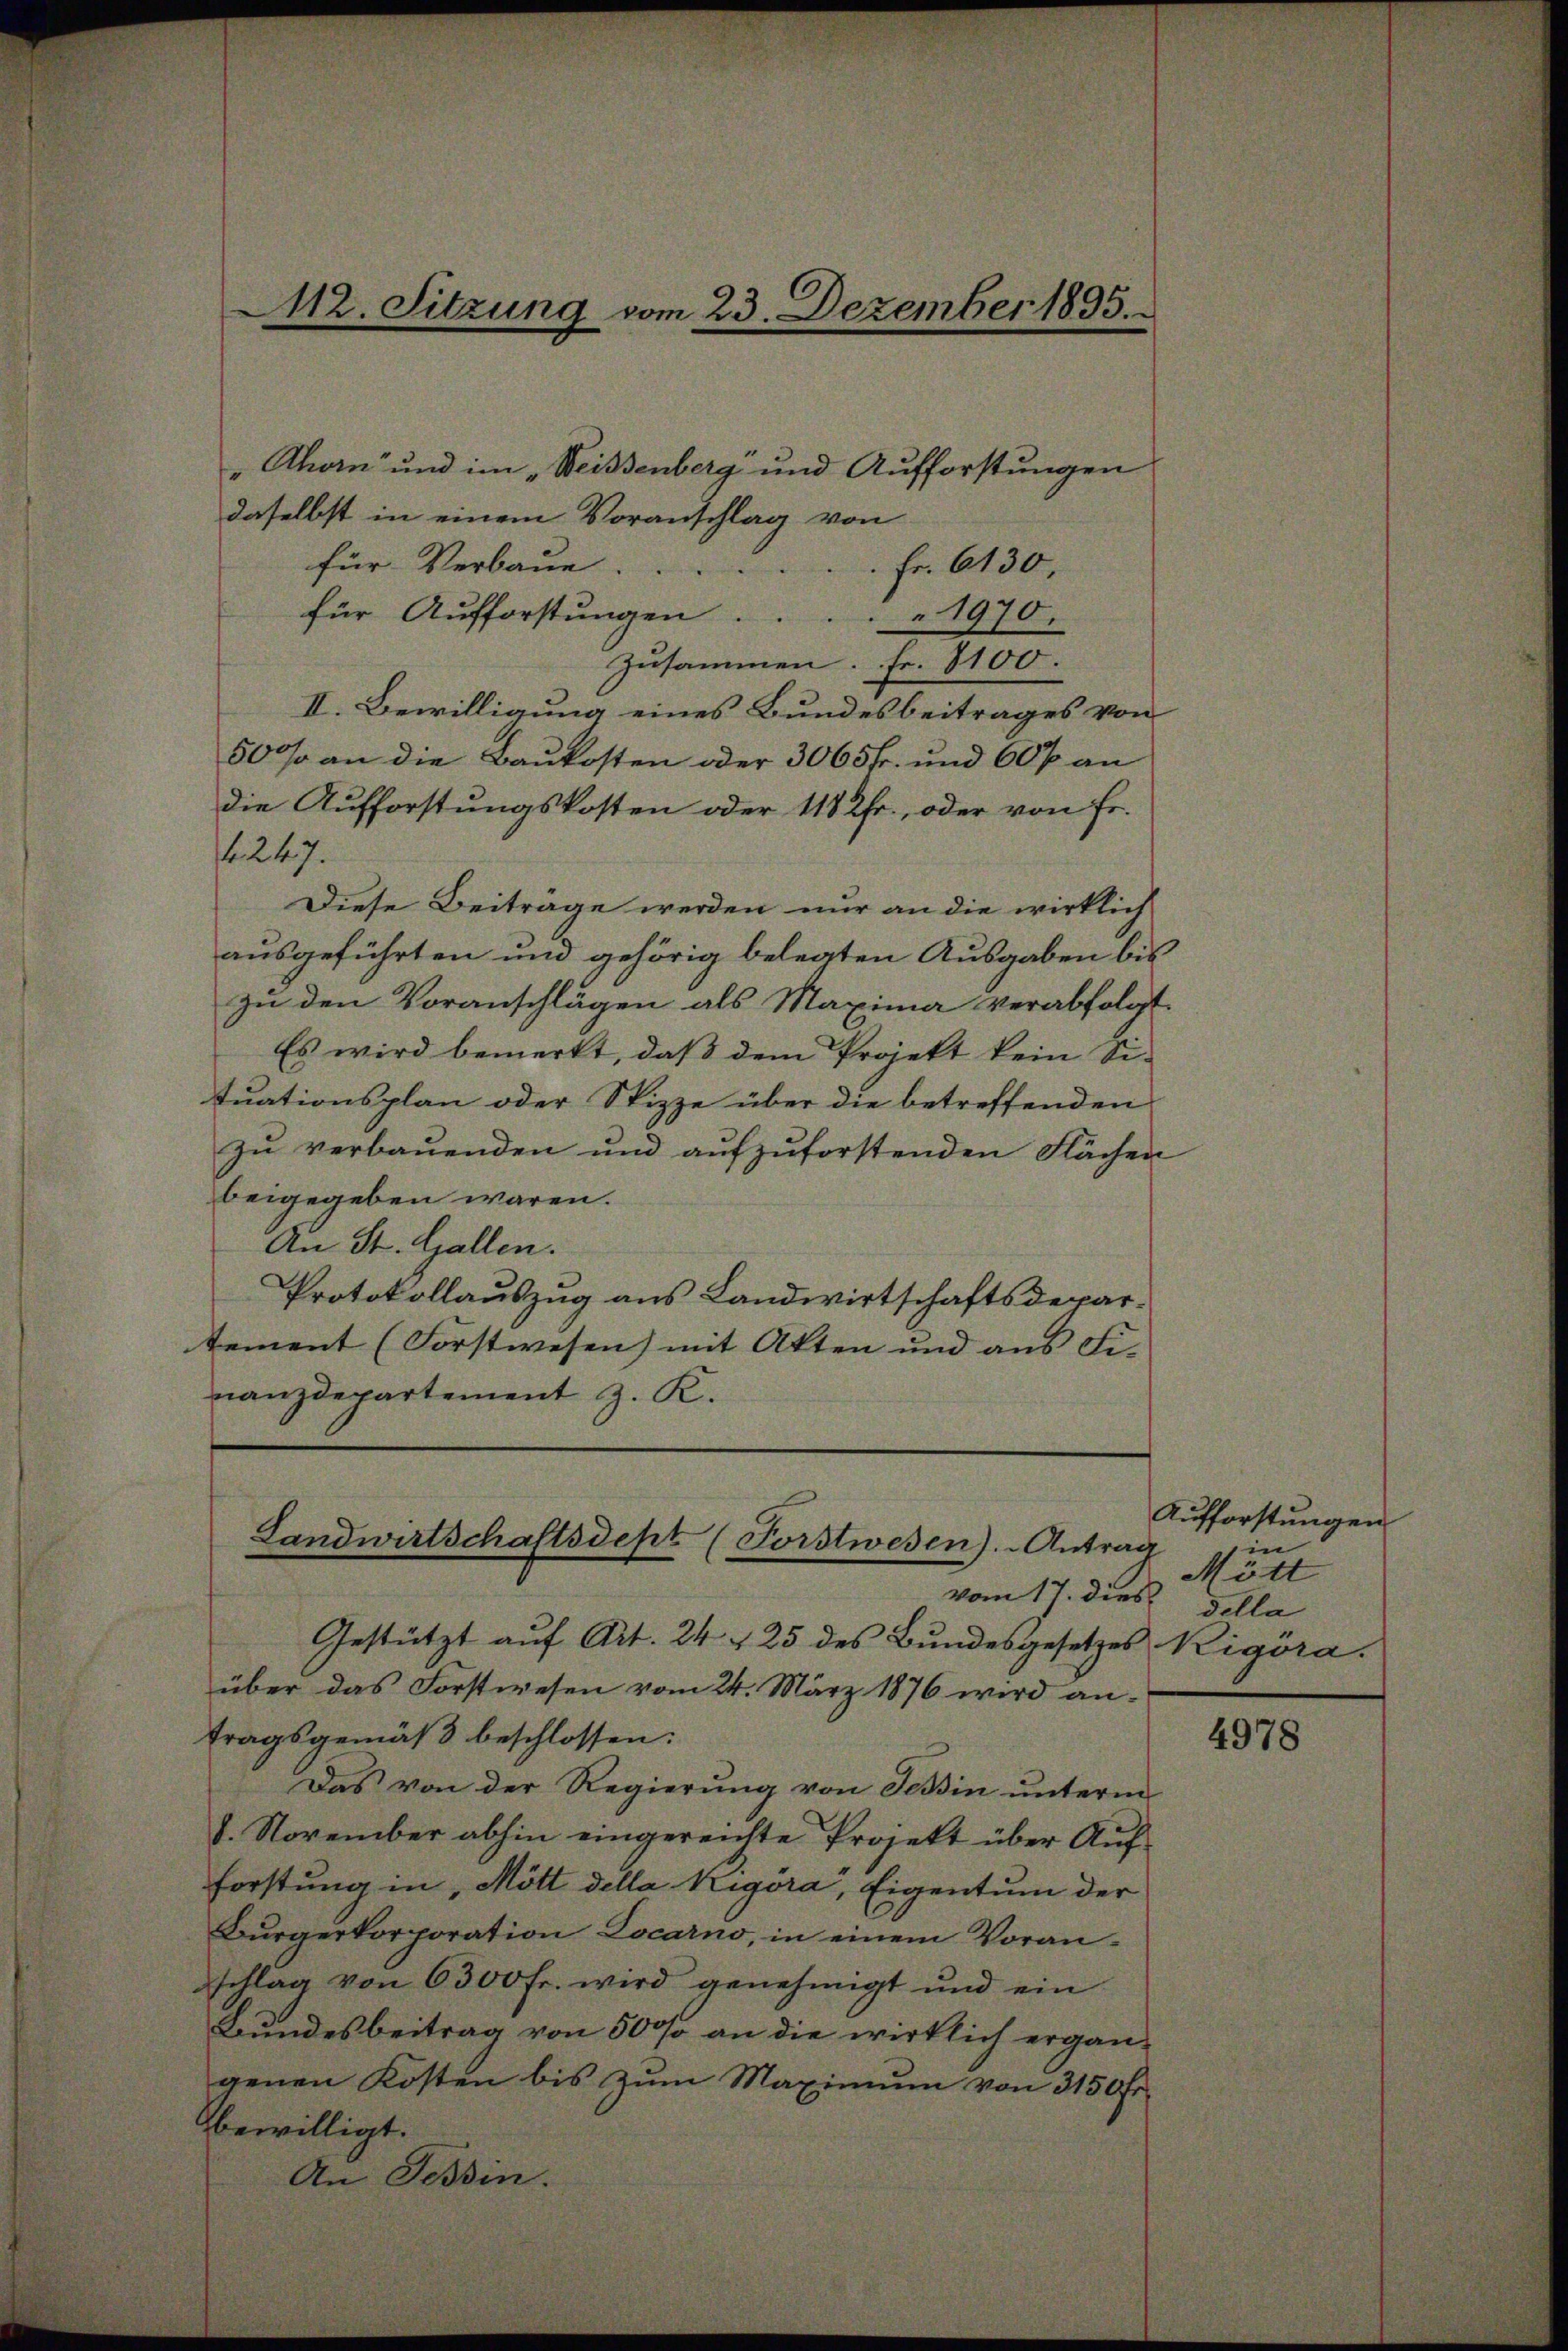
" Thorn und im „Weissenberg und Aufforstungen
daselbst in einem Voranschlag von
für Verbaue. . . . . . . fr. 6130,
für Aufforstungen . . . . . 1970.
zusammen. Fr. 8100.
II. Bewilligung eines Bundesbeitrages von
50% an die Baukosten oder 3065fr. und 60% an
die Aufforstungskosten oder 118 2fr., oder von Fr.
4247.
Diese Beiträge werden nur an die wirklich
ausgeführten und gehörig belegten Ausgaben bis
zu den Voranschlägen als Maxima verabfolgt.
Es wird bemerkt, daß dem Projekt kein Si-
tuationsplan oder Spizze über die betreffenden
zŭ verbauenden und aŭfzŭforstenden Flächen
beigegeben wären.
An St. Gallen.
Protokollauszug aus Landwirtschaftsdepartement (Forstwesen) mit Akten und aus Fi- |
nanzdepartement z. K.

M12. Sitzung vom 23. Dezember 1895.

Landwirtschaftsdept (Forstwesen). Antrag
vom 17. dies

Gestützt auf Art. 24 f 25 des Bundesgesetzes Rigora.
über das Forstwesen vom 24. März 1876 wird an-
tragsgemäß beschlossen:
Das von der Regierung von Tessin unterm
8. November abhin eingereichte Projekt über Auf
Forstung in, Mött della Rigora, Eigentum der
Bürgerkorporation Locarno, in einem Voran-
schlag von 6300 fr. wird genehmigt und ein
Bundesbeitrag von 500 an die wirklich ergängenen Kosten bis zŭm Maximŭm von 3150 fr.
bewilligt.
An Tessin.

Aufforstungen
in
Mött
della

4978